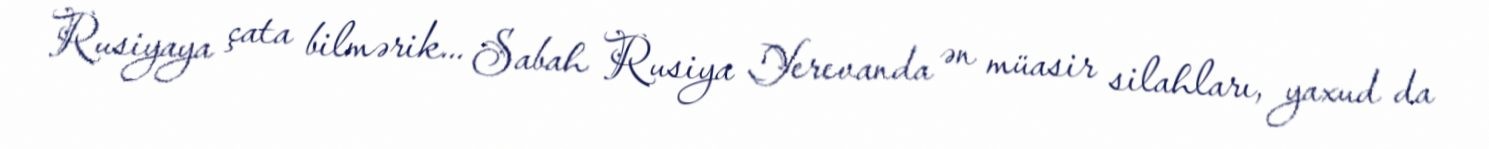
Rusiyaya çata bilmərik... Sabah Rusiya Yerevanda ən müasir silahları, yaxud da